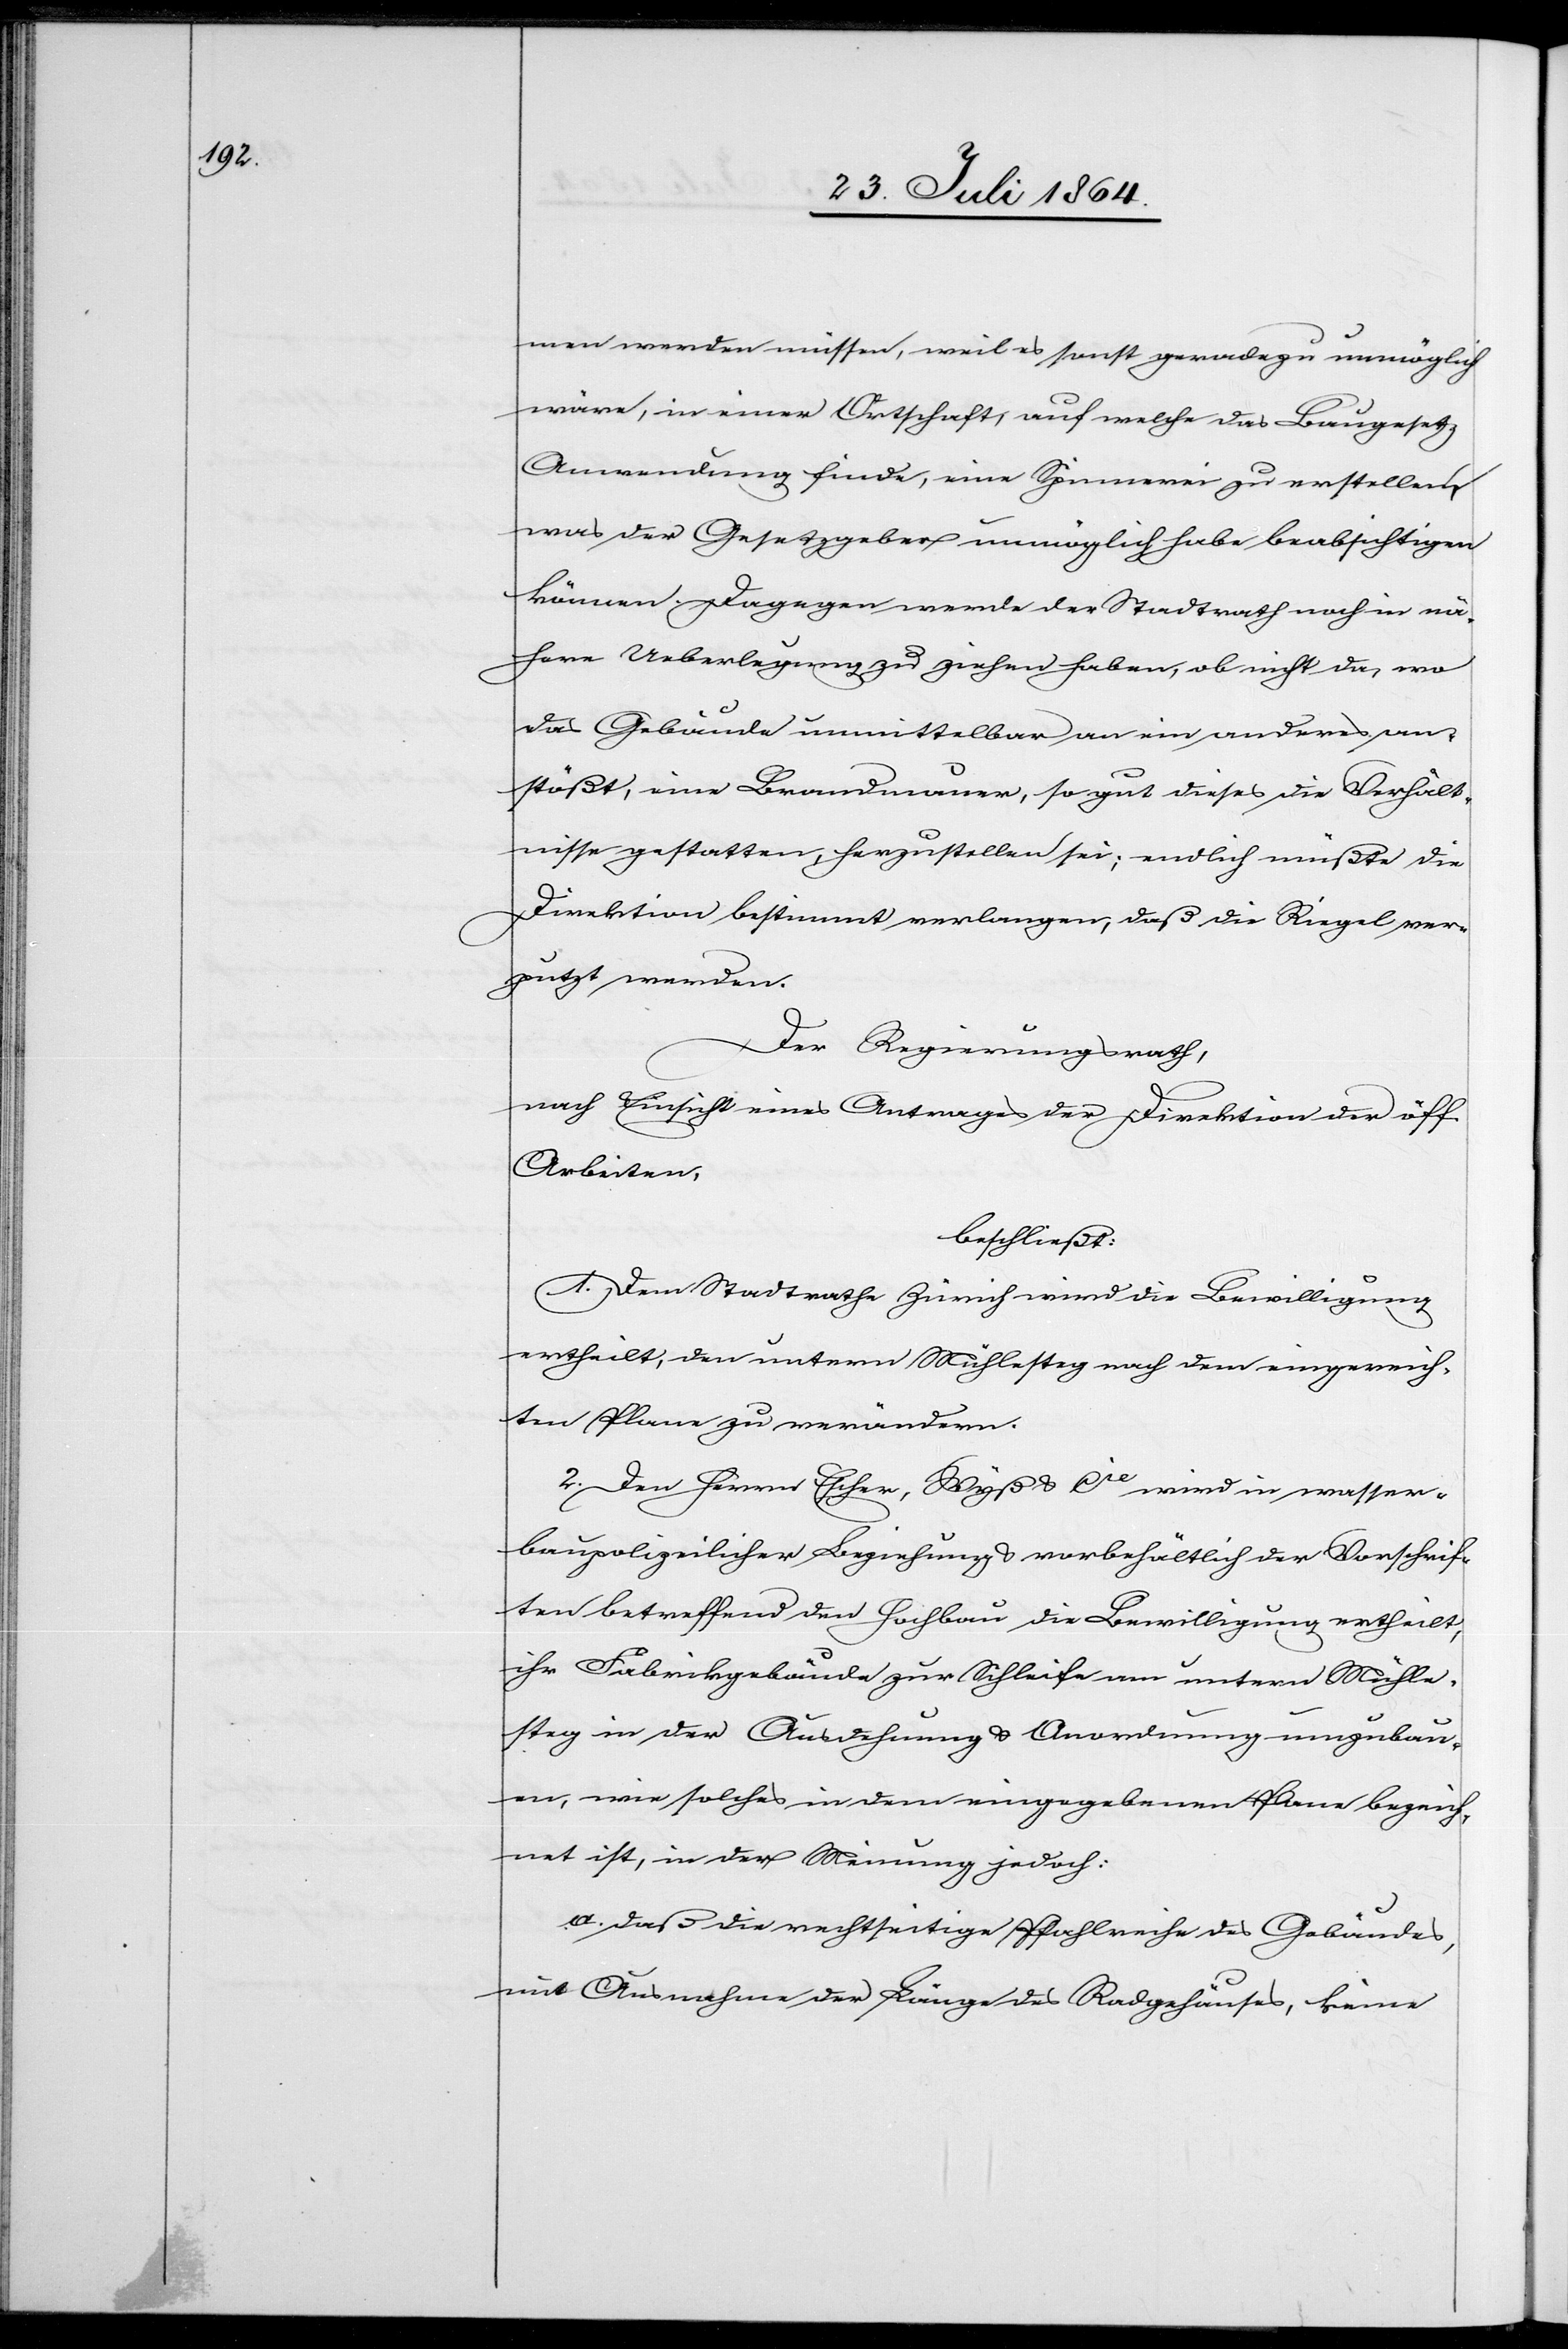
men werden müssen, weil es sonst geradezu unmöglich
wäre, in einer Ortschaft, auf welche das Baugesetz
Anwendung finde, eine Spinnerei zu erstellen,
was der Gesetzgeber unmöglich habe beabsichtigen
können. Dagegen werde der Stadtrath noch in nä¬
here Ueberlegung zu ziehen haben, ob nicht da, wo
das Gebäude unmittelbar an ein anderes an¬
stößt, eine Brandmauer, so gut dieses die Verhält¬
nisse gestatten, herzustellen sei; endlich müßte die
Direktion bestimmt verlangen, daß die Riegel ver¬
putzt werden.
Der Regierungsrath,
nach Einsicht eines Antrages der Direktion der öff.
Arbeiten,
beschließt:
1. Dem Stadtrathe Zürich wird die Bewilligung
ertheilt, den untern Mühlesteg nach dem eingereich¬
ten Plane zu verändern.
2. Den Herrn Escher, Wyß & Cie wird in wasser¬
baupolizeilicher Beziehung & vorbehältlich der Vorschrif¬
ten betreffend Hochbau die Bewilligung ertheilt,
ihr Fabrikgebäude zur Schleife am untern Mühle¬
steg in der Ausdehnung & Ordnung umzubau¬
en, wie solches in dem eingegebenen Plane bezeich¬
net ist, in der Meinung jedoch:
a) daß die recht[s]seitige Pfahlreihe des Gebäudes,
mit Ausnahme der Länge des Radgeläufes, keine